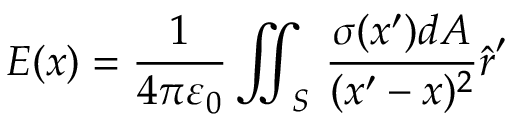
{ \boldsymbol { E } } ( { \boldsymbol { x } } ) = { \frac { 1 } { 4 \pi \varepsilon _ { 0 } } } \iint _ { S } \, { \frac { \sigma ( { \boldsymbol { x } } ^ { \prime } ) d A } { ( { \boldsymbol { x } } ^ { \prime } - { \boldsymbol { x } } ) ^ { 2 } } } { \hat { \boldsymbol { r } } } ^ { \prime }